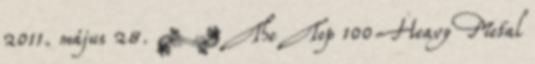
2011. május 28. ↑ The Top 100 Heavy Metal